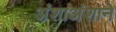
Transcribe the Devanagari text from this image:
अंशाअंशाने